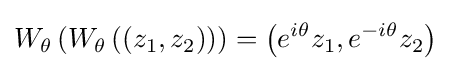
W_{\theta }\left(W_{\theta }\left(\left(z_{1},z_{2}\right)\right)\right)=\left(e^{i\theta }z_{1},e^{-i\theta }z_{2}\right)